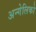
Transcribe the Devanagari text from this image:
अन्गेलिको